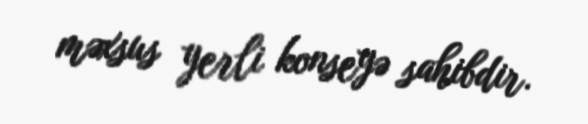
məxsus yerli konseyə sahibdir.